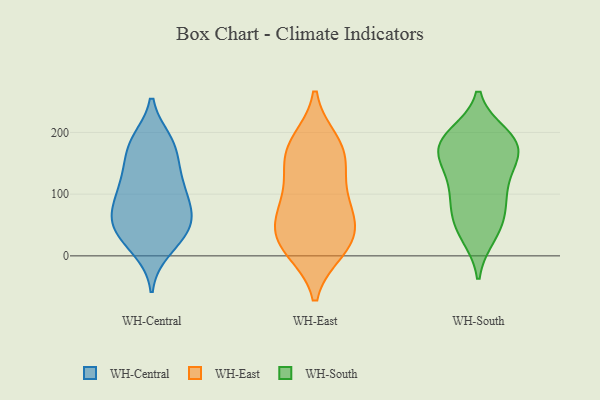
{"axis": {"x": "Demand Index", "y": "Value"}, "legend": ["WH-Central", "WH-East", "WH-South"], "data": [{"x": "", "y": 137, "type": "WH-Central"}, {"x": "", "y": 89, "type": "WH-Central"}, {"x": "", "y": 59, "type": "WH-Central"}, {"x": "", "y": 47, "type": "WH-Central"}, {"x": "", "y": 79, "type": "WH-Central"}, {"x": "", "y": 121, "type": "WH-Central"}, {"x": "", "y": 170, "type": "WH-Central"}, {"x": "", "y": 44, "type": "WH-Central"}, {"x": "", "y": 185, "type": "WH-Central"}, {"x": "", "y": 67, "type": "WH-Central"}, {"x": "", "y": 10, "type": "WH-Central"}, {"x": "", "y": 114, "type": "WH-Central"}, {"x": "", "y": 67, "type": "WH-Central"}, {"x": "", "y": 178, "type": "WH-Central"}, {"x": "", "y": 118, "type": "WH-Central"}, {"x": "", "y": 22, "type": "WH-Central"}, {"x": "", "y": 33, "type": "WH-Central"}, {"x": "", "y": 186, "type": "WH-Central"}, {"x": "", "y": 45, "type": "WH-East"}, {"x": "", "y": 86, "type": "WH-East"}, {"x": "", "y": 31, "type": "WH-East"}, {"x": "", "y": 81, "type": "WH-East"}, {"x": "", "y": 184, "type": "WH-East"}, {"x": "", "y": 158, "type": "WH-East"}, {"x": "", "y": 179, "type": "WH-East"}, {"x": "", "y": 10, "type": "WH-East"}, {"x": "", "y": 160, "type": "WH-East"}, {"x": "", "y": 13, "type": "WH-East"}, {"x": "", "y": 127, "type": "WH-East"}, {"x": "", "y": 24, "type": "WH-East"}, {"x": "", "y": 69, "type": "WH-East"}, {"x": "", "y": 107, "type": "WH-South"}, {"x": "", "y": 106, "type": "WH-South"}, {"x": "", "y": 179, "type": "WH-South"}, {"x": "", "y": 145, "type": "WH-South"}, {"x": "", "y": 75, "type": "WH-South"}, {"x": "", "y": 38, "type": "WH-South"}, {"x": "", "y": 82, "type": "WH-South"}, {"x": "", "y": 157, "type": "WH-South"}, {"x": "", "y": 196, "type": "WH-South"}, {"x": "", "y": 184, "type": "WH-South"}, {"x": "", "y": 184, "type": "WH-South"}, {"x": "", "y": 143, "type": "WH-South"}, {"x": "", "y": 193, "type": "WH-South"}, {"x": "", "y": 174, "type": "WH-South"}, {"x": "", "y": 33, "type": "WH-South"}, {"x": "", "y": 54, "type": "WH-South"}]}